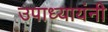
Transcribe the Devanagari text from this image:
उपाध्यायंनी